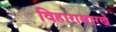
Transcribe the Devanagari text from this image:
विहारासारखे